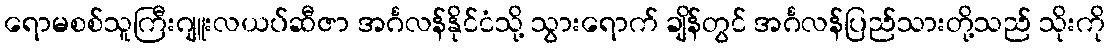
ရောမစစ်သူကြီးဂျူးလယပ်ဆီဇာ အင်္ဂလန်နိုင်ငံသို့ သွားရောက် ချိန်တွင် အင်္ဂလန်ပြည်သားတို့သည် သိုးကို